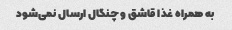
به همراه غذا قاشق و چنگال ارسال نمی‌شود